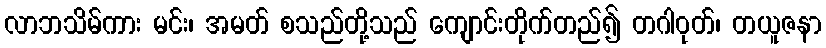
လာဘသိမ်ကား မင်း၊ အမတ် စသည်တို့သည် ကျောင်းတိုက်တည်၍ တဂါဝုတ်၊ တယူဇနာ